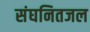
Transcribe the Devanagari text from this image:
संघनितजल